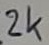
Text: 2k